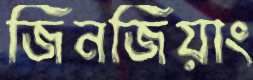
জিনজিয়াং